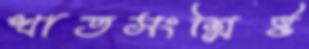
খাতসংশ্লিষ্ট